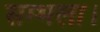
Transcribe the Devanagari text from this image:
सम्भला।